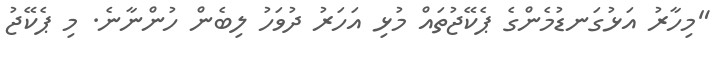
"މިހާރު އަޅުގަނޑުމެންގެ ޕެކޭޖުތައް މުޅި އަހަރު ދުވަހު ލިބެން ހުންނާނެ. މި ޕެކޭޖު